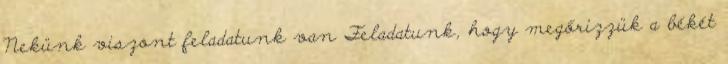
Nekünk viszont feladatunk van Feladatunk, hogy megőrizzük a békét